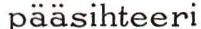
pääsihteeri